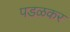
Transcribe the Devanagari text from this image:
पडळकर